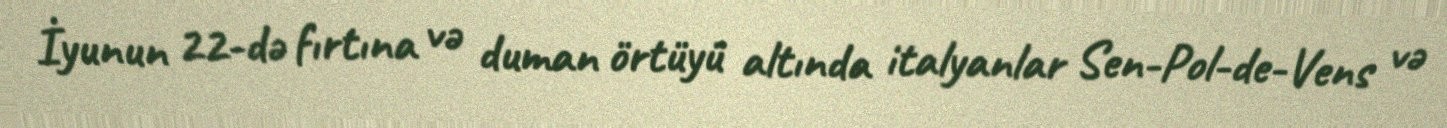
İyunun 22-də fırtına və duman örtüyü altında italyanlar Sen-Pol-de-Vens və